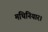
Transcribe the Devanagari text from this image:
मथिनियार।